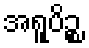
အရူပိဉ္စ